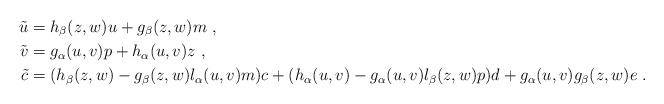
LaTeX: \begin{align*}\tilde u&=h_{\beta}(z,w)u+g_{\beta}(z,w)m \ , \cr\tilde v&=g_{\alpha}(u,v)p+h_{\alpha}(u,v)z \ , \cr\tilde c&=(h_\beta (z,w)-g_\beta(z,w)l_\alpha(u,v) m) c +(h_\alpha(u,v)-g_\alpha(u,v) l_\beta(z,w) p)d+g_\alpha(u,v)g_\beta(z,w) e \ . \cr\end{align*}